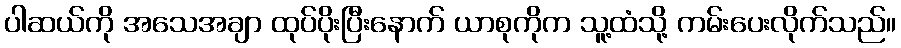
ပါဆယ်ကို အသေအချာ ထုပ်ပိုးပြီးနောက် ယာစုကိုက သူ့ထံသို့ ကမ်းပေးလိုက်သည်။